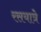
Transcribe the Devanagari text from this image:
रसयात्रे